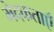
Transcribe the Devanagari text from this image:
भेदकताएँ